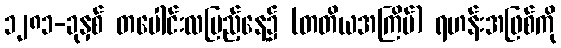
၁၂၈၁-ခုနှစ် တပေါင်းလပြည့်နေ့၌ (တတိယအကြိမ်) ရဟန်းအဖြစ်ကို